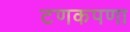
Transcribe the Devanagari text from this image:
टणकपणा